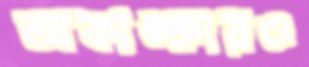
আকাঙ্ক্ষায়ও